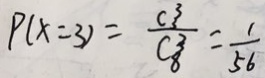
P ( x = 3 ) = \frac { C ^ { 3 ^ { 3 } } } { C _ { 8 ^ { 3 } } } = \frac { 1 } { 5 6 }